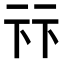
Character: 𠧥